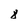
Character: 8